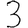
Digit: 3